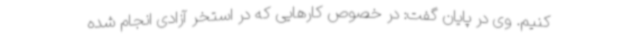
کنیم. وی در پایان گفت: در خصوص کارهایی که در استخر آزادی انجام شده